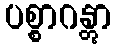
ပစ္စာဂန္တွာ